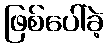
ဖြစ်ပေါ်ခဲ့